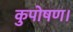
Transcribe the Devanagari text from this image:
कुपोषण।